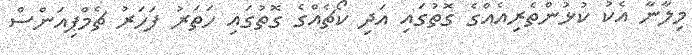
މިލާނާ އެކު ކުޅުންތެރިއެއްގެ ގޮތުގައި އަދި ކޯޗެއްގެ ގޮތުގައި ހަތަރު ފަހަރު ޗެމްޕިއަންސް